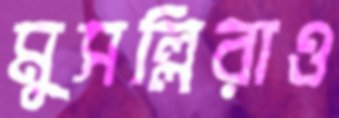
মুসল্লিরাও